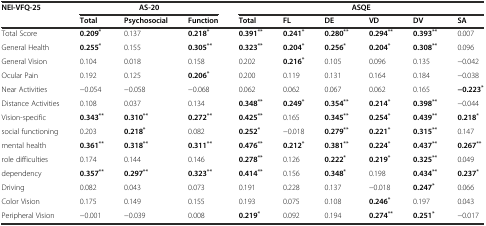
<table><thead><tr><td rowspan="2"><b>NEI-VFQ-25</b></td><td colspan="3"><b>AS-20</b></td><td colspan="6"><b>ASQE</b></td></tr><tr><td><b>Total</b></td><td><b>Psychosocial</b></td><td><b>Function</b></td><td><b>Total</b></td><td><b>FL</b></td><td><b>DE</b></td><td><b>VD</b></td><td><b>DV</b></td><td><b>SA</b></td></tr></thead><tbody><tr><td>Total Score</td><td><b>0.209</b><sup><b>*</b></sup></td><td>0.137</td><td><b>0.218</b><sup><b>*</b></sup></td><td><b>0.391</b><sup><b>**</b></sup></td><td><b>0.241</b><sup><b>*</b></sup></td><td><b>0.280</b><sup><b>**</b></sup></td><td><b>0.294</b><sup><b>**</b></sup></td><td><b>0.393</b><sup><b>**</b></sup></td><td>0.007</td></tr><tr><td>General Health</td><td><b>0.255</b><sup><b>*</b></sup></td><td>0.155</td><td><b>0.305</b><sup><b>**</b></sup></td><td><b>0.323</b><sup><b>**</b></sup></td><td><b>0.204</b><sup><b>*</b></sup></td><td><b>0.256</b><sup><b>*</b></sup></td><td><b>0.204</b><sup><b>*</b></sup></td><td><b>0.308</b><sup><b>**</b></sup></td><td>0.096</td></tr><tr><td>General Vision</td><td>0.104</td><td>0.018</td><td>0.158</td><td>0.202</td><td><b>0.216</b><sup><b>*</b></sup></td><td>0.105</td><td>0.096</td><td>0.135</td><td>-0.042</td></tr><tr><td>Ocular Pain</td><td>0.192</td><td>0.125</td><td><b>0.206</b><sup><b>*</b></sup></td><td>0.200</td><td>0.119</td><td>0.131</td><td>0.164</td><td>0.184</td><td>-0.038</td></tr><tr><td>Near Activities</td><td>-0.054</td><td>-0.058</td><td>-0.068</td><td>0.062</td><td>0.062</td><td>0.067</td><td>0.062</td><td>0.165</td><td><b>-0.223</b><sup><b>*</b></sup></td></tr><tr><td>Distance Activities</td><td>0.108</td><td>0.037</td><td>0.134</td><td><b>0.348</b><sup><b>**</b></sup></td><td><b>0.249</b><sup><b>*</b></sup></td><td><b>0.354</b><sup><b>**</b></sup></td><td><b>0.214</b><sup><b>*</b></sup></td><td><b>0.398</b><sup><b>**</b></sup></td><td>-0.044</td></tr><tr><td>Vision-specific</td><td><b>0.343</b><sup><b>**</b></sup></td><td><b>0.310</b><sup><b>**</b></sup></td><td><b>0.272</b><sup><b>**</b></sup></td><td><b>0.425</b><sup><b>**</b></sup></td><td>0.165</td><td><b>0.345</b><sup><b>**</b></sup></td><td><b>0.254</b><sup><b>*</b></sup></td><td><b>0.439</b><sup><b>**</b></sup></td><td><b>0.218</b><sup><b>*</b></sup></td></tr><tr><td>social functioning</td><td>0.203</td><td><b>0.218</b><sup><b>*</b></sup></td><td>0.082</td><td><b>0.252</b><sup><b>*</b></sup></td><td>-0.018</td><td><b>0.279</b><sup><b>**</b></sup></td><td><b>0.221</b><sup><b>*</b></sup></td><td><b>0.315</b><sup><b>**</b></sup></td><td>0.147</td></tr><tr><td>mental health</td><td><b>0.361</b><sup><b>**</b></sup></td><td><b>0.318</b><sup><b>**</b></sup></td><td><b>0.311</b><sup><b>**</b></sup></td><td><b>0.476</b><sup><b>**</b></sup></td><td><b>0.212</b><sup><b>*</b></sup></td><td><b>0.381</b><sup><b>**</b></sup></td><td><b>0.224</b><sup><b>*</b></sup></td><td><b>0.437</b><sup><b>**</b></sup></td><td><b>0.267</b><sup><b>**</b></sup></td></tr><tr><td>role difficulties</td><td>0.174</td><td>0.144</td><td>0.146</td><td><b>0.278</b><sup><b>**</b></sup></td><td>0.126</td><td><b>0.222</b><sup><b>*</b></sup></td><td><b>0.219</b><sup><b>*</b></sup></td><td><b>0.325</b><sup><b>**</b></sup></td><td>0.049</td></tr><tr><td>dependency</td><td><b>0.357</b><sup><b>**</b></sup></td><td><b>0.297</b><sup><b>**</b></sup></td><td><b>0.323</b><sup><b>**</b></sup></td><td><b>0.414</b><sup><b>**</b></sup></td><td>0.156</td><td><b>0.348</b><sup><b>*</b></sup></td><td>0.198</td><td><b>0.434</b><sup><b>**</b></sup></td><td><b>0.237</b><sup><b>*</b></sup></td></tr><tr><td>Driving</td><td>0.082</td><td>0.043</td><td>0.073</td><td>0.191</td><td>0.228</td><td>0.137</td><td>-0.018</td><td><b>0.247</b><sup><b>*</b></sup></td><td>0.066</td></tr><tr><td>Color Vision</td><td>0.175</td><td>0.149</td><td>0.155</td><td>0.193</td><td>0.075</td><td>0.108</td><td><b>0.246</b><sup><b>*</b></sup></td><td>0.197</td><td>0.043</td></tr><tr><td>Peripheral Vision</td><td>-0.001</td><td>-0.039</td><td>0.008</td><td><b>0.219</b><sup><b>*</b></sup></td><td>0.092</td><td>0.194</td><td><b>0.274</b><sup><b>**</b></sup></td><td><b>0.251</b><sup><b>*</b></sup></td><td>-0.017</td></tr></tbody></table>